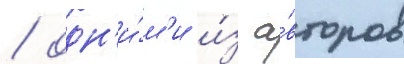
/ одн'и́м'и и́з а́второв